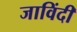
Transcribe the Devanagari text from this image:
जाविंदी